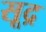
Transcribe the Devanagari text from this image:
सूद्र